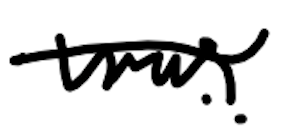
Text: was
Cross-out: single-line
Writing tool: digital_black